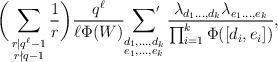
LaTeX: \begin{align*}\bigg(\sum_{\substack{r \mid q^{\ell} - 1 \\ r \nmid q-1}} \frac{1}{r}\bigg) \frac{q^\ell}{\ell\Phi(W)} \sideset{}{'}\sum_{\substack{d_1, \ldots, d_k \\ e_1, \ldots, e_k}} \frac{\lambda_{d_1 \ldots, d_k} \lambda_{e_1 \ldots, e_k}}{\prod_{i = 1}^k \Phi([d_i, e_i])},\end{align*}